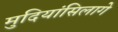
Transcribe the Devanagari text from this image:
मुदियांसिलागे